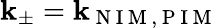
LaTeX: \mathbf{k}_{\pm}=\mathbf{k}_{\mathrm{{~N~I~M~,~P~I~M~}}}